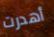
أهدرت